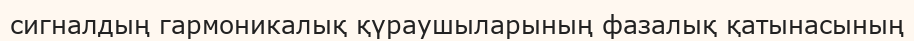
сигналдың гармоникалық қүраушыларының фазалық қатынасының